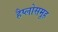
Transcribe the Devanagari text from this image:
हैप्लोसमूह